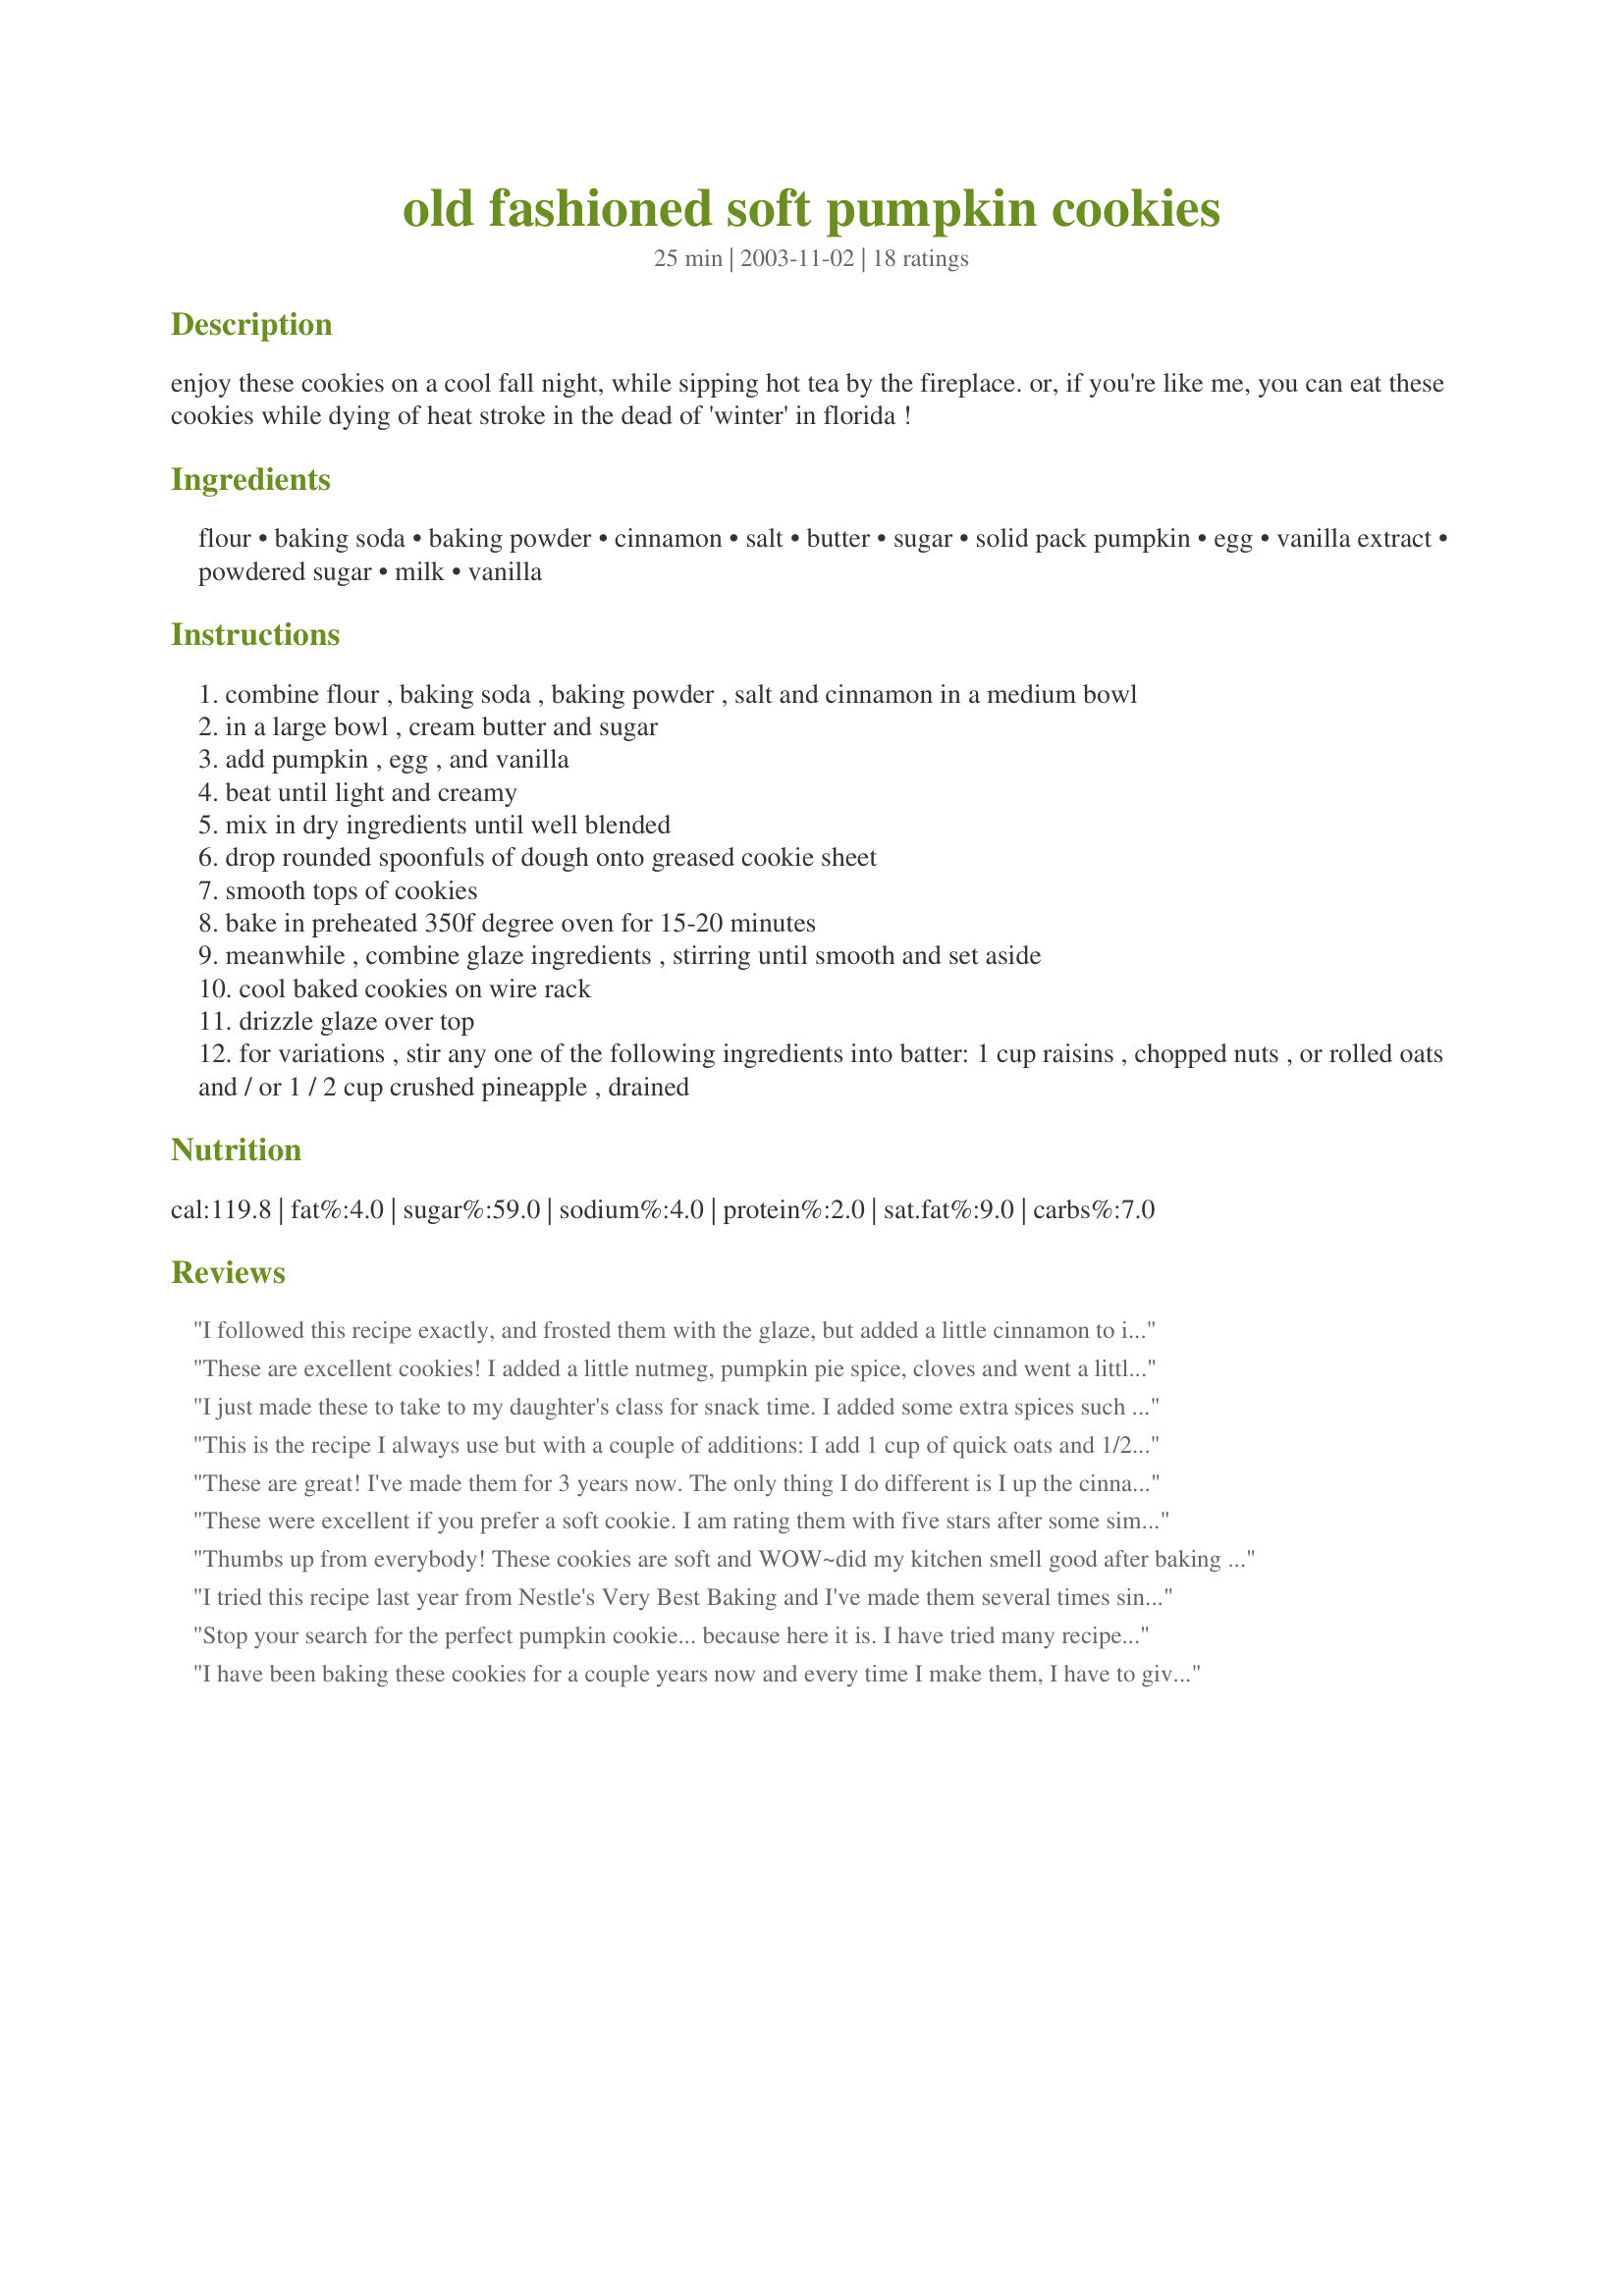
old fashioned soft pumpkin cookies
Preparation time: 25 minutes

enjoy these cookies on a cool fall night, while sipping hot tea by the fireplace. or, if you're like me, you can eat these cookies while dying of heat stroke in the dead of 'winter' in florida !

Ingredients:
flour, baking soda, baking powder, cinnamon, salt, butter, sugar, solid pack pumpkin, egg, vanilla extract, powdered sugar, milk, vanilla

Steps:
combine flour , baking soda , baking powder , salt and cinnamon in a medium bowl
in a large bowl , cream butter and sugar
add pumpkin , egg , and vanilla
beat until light and creamy
mix in dry ingredients until well blended
drop rounded spoonfuls of dough onto greased cookie sheet
smooth tops of cookies
bake in preheated 350f degree oven for 15-20 minutes
meanwhile , combine glaze ingredients , stirring until smooth and set aside
cool baked cookies on wire rack
drizzle glaze over top
for variations , stir any one of the following ingredients into batter: 1 cup raisins , chopped nuts , or rolled oats and / or 1 / 2 cup crushed pineapple , drained

Reviews:
I followed this recipe exactly, and frosted them with the glaze, but added a little cinnamon to it. These were very easy to make, and baked up nicely. I really liked the soft, cake like texture, but thought they were a little plain tasting. I think if I make them again I will add some nutmeg, or pumpkin pie spice to them.
These are excellent cookies! I added a little nutmeg, pumpkin pie spice, cloves and went a little heavy on the cinnamon. I also subbed brown sugar for part of the sugar in the cookies. For the frosting, I mixed cream cheese, powdered sugar, vanilla, milk, and added just a little maple flavoring.
I just made these to take to my daughter's class for snack time. I added some extra spices such as ginger, allspice, and cloves. I did add 1/2 cup quick cooking oats because I used fresh pumpkin puree and the batter was a little runny. They turned out wonderfully. I used the caramel icing recipe that BekW posted in a previous review and it was scrumptious!!!
This is the recipe I always use but with a couple of additions: I add 1 cup of quick oats and 1/2 cup crushed pineapple (drained). These are a family favorite! I originally got the recipe from the Libby's can. Addendum: Today I used OJ in the icing instead of milk and sprinkled with chopped pecans (see photo). Very tasty!
These are great! I've made them for 3 years now. The only thing I do different is I up the cinnamon to 2 tsp. and add 1/2 tsp. ground nutmeg and 1/2 tsp. ground cloves. Scrumptious!!!
These were excellent if you prefer a soft cookie. I am rating them with five stars after some simple changes and great family/friend feedback. They taste better if they are allowed to sit until the next day. I made the batter four days before my dinner and baked them the day before. I added 3/4 tsp ginger, 3/4 tsp cloves, 3/4 tsp allspice and less than 1/4 tsp nutmeg. Make sure the spices on your rack are fresh, older spices lose their flavour. I buy them from bulk section as I need them to ensure they are not old. I added 1 cup of walnuts broken into smaller pieces by hand. The cookies shape gets bumpy if walnuts are added to the mix. Instead, using a round scoop the size of a tsp I would scoop the cookie onto the sheet and lightly press the walnuts in next time. Or you could crush the walnuts to a finer texture but you would lose the bite of the nut in the cookie. The tbsp size cookies I made did not cook in the middle, longer cooking time burns the bottoms. 11-12 minutes was long enough for baking time in my oven. When I stored them covered they became a little soggy so leaving them un-covered is better. Keeps them perfect. I used an Allspice Cream Cheese icing (from Zaar), only needed 1 cup of icing.

Definite keeper!!!
Thumbs up from everybody! These cookies are soft and WOW~did my kitchen smell good after baking them. I got 22 cookies instead of 36 only because I made mine bigger. I did frost half of them with a cream cheese frosting and left half unfrosted, otherwise followed the recipe exactly. Thank-you for sharing, TGirl. Will make these again!
I tried this recipe last year from Nestle's Very Best Baking and I've made them several times since. These are THE BEST pumpkin cookies you'll find out there! Their consistency is perfectly soft and the flavor is just right. I like them with the glaze and without the glaze... either way they are delicious! Winter, Spring, Summer, Fall... these are wonderful cookies any time of year!
Stop your search for the perfect pumpkin cookie... because here it is. I have tried many recipes over the past few weeks and I keep coming back to this one. I added 1/2 teaspoon of ginger, cloves and allspice, and 1/4 teaspoon of nutmeg.
I have been baking these cookies for a couple years now and every time I make them, I have to give up the recipe. They are delicious! I use a caramel icing, instead of glaze, using 1 cup brown sugar, 1/4 cup milk, 1/2 cup butter and cooking that on the stovetop for 2 minutes, then stirring in 1 tsp vanilla. After I let it cool to lukewarm, I beat in 2 cups powdered sugar. YUM!
I had a spare can of pumpkin in the cupboard and wanted to make some cookies, so I went in search of a pumpkin cookie recipe. These turned out so good! I made the glaze and frosted a few, but didn't really care for the way it tasted so I didn't frost the rest of the batch. My family thought they were much better plain. Very soft, not too sweet... just like a small piece of pumpkin bread! They were gone within 24 hours and we will definately be making them again. Thanks!
I would defiantly recommend adding oatmeal. I also added craisins and white chocolate chips. Pretty good. Soft.
Just made these cookies and they are very easy to make and they taste great. I made the first batch just as the recipe stated and they where gone in the matter of min, second batch I added pumpkin spice, small amt. cloves and just a little more cinnamon and the taste was so good my third and final batch I put all the same spices from the second batch but I added chopped dates and chopped nuts and I can say that they where very good. This is a very versatile recipe.
it remind me of scones. i added chocolate marsmellow in the middle
Good stuff here! I added some ground clove and ginger for a wee bit more spice and I had to use margarine for lactose issues.... they were super puffy and great! THEN I used the same base and made a batch with applesauce instead of butter and splenda instead of sugar and I can&#039;t tell the difference-- shocking and amazing! Thanks so much TGirl for this base that I added on to a touch and &quot;dietized&quot; for another round ;)
nice cookie; I did as suggested in the variations & added 1/2 cup oatmeal. I also increased the cinnamon to 1 1/2 tsp, added 1/2 tsp nutmeg & 1/2 tsp allspice. The glaze is nice with a bit of cinnamon sprinkled in it too! I bake all my cookies on parchment paper; no greasing cookie sheets and very easy cleanup!!!
great fall recipe. prepared as directed but subbed eggbeater and splenda. thanks for posting.
These are my sons favorite cookies (at this moment)! He won 2nd place at our county fair for making these cookies by himself!! They are delicious. My DH prefers them without the glaze. But either way this is an excellent cookie.
